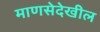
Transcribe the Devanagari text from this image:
माणसेदेखील